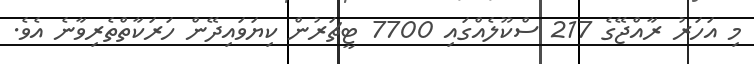
މި އަހަރު ރާއްޖޭގެ 217 ސްކޫލެއްގައި 7700 ޓީޗަރުން ކިޔަވައިދޭން ހަރަކާތްތެރިވާނެ އެވެ.